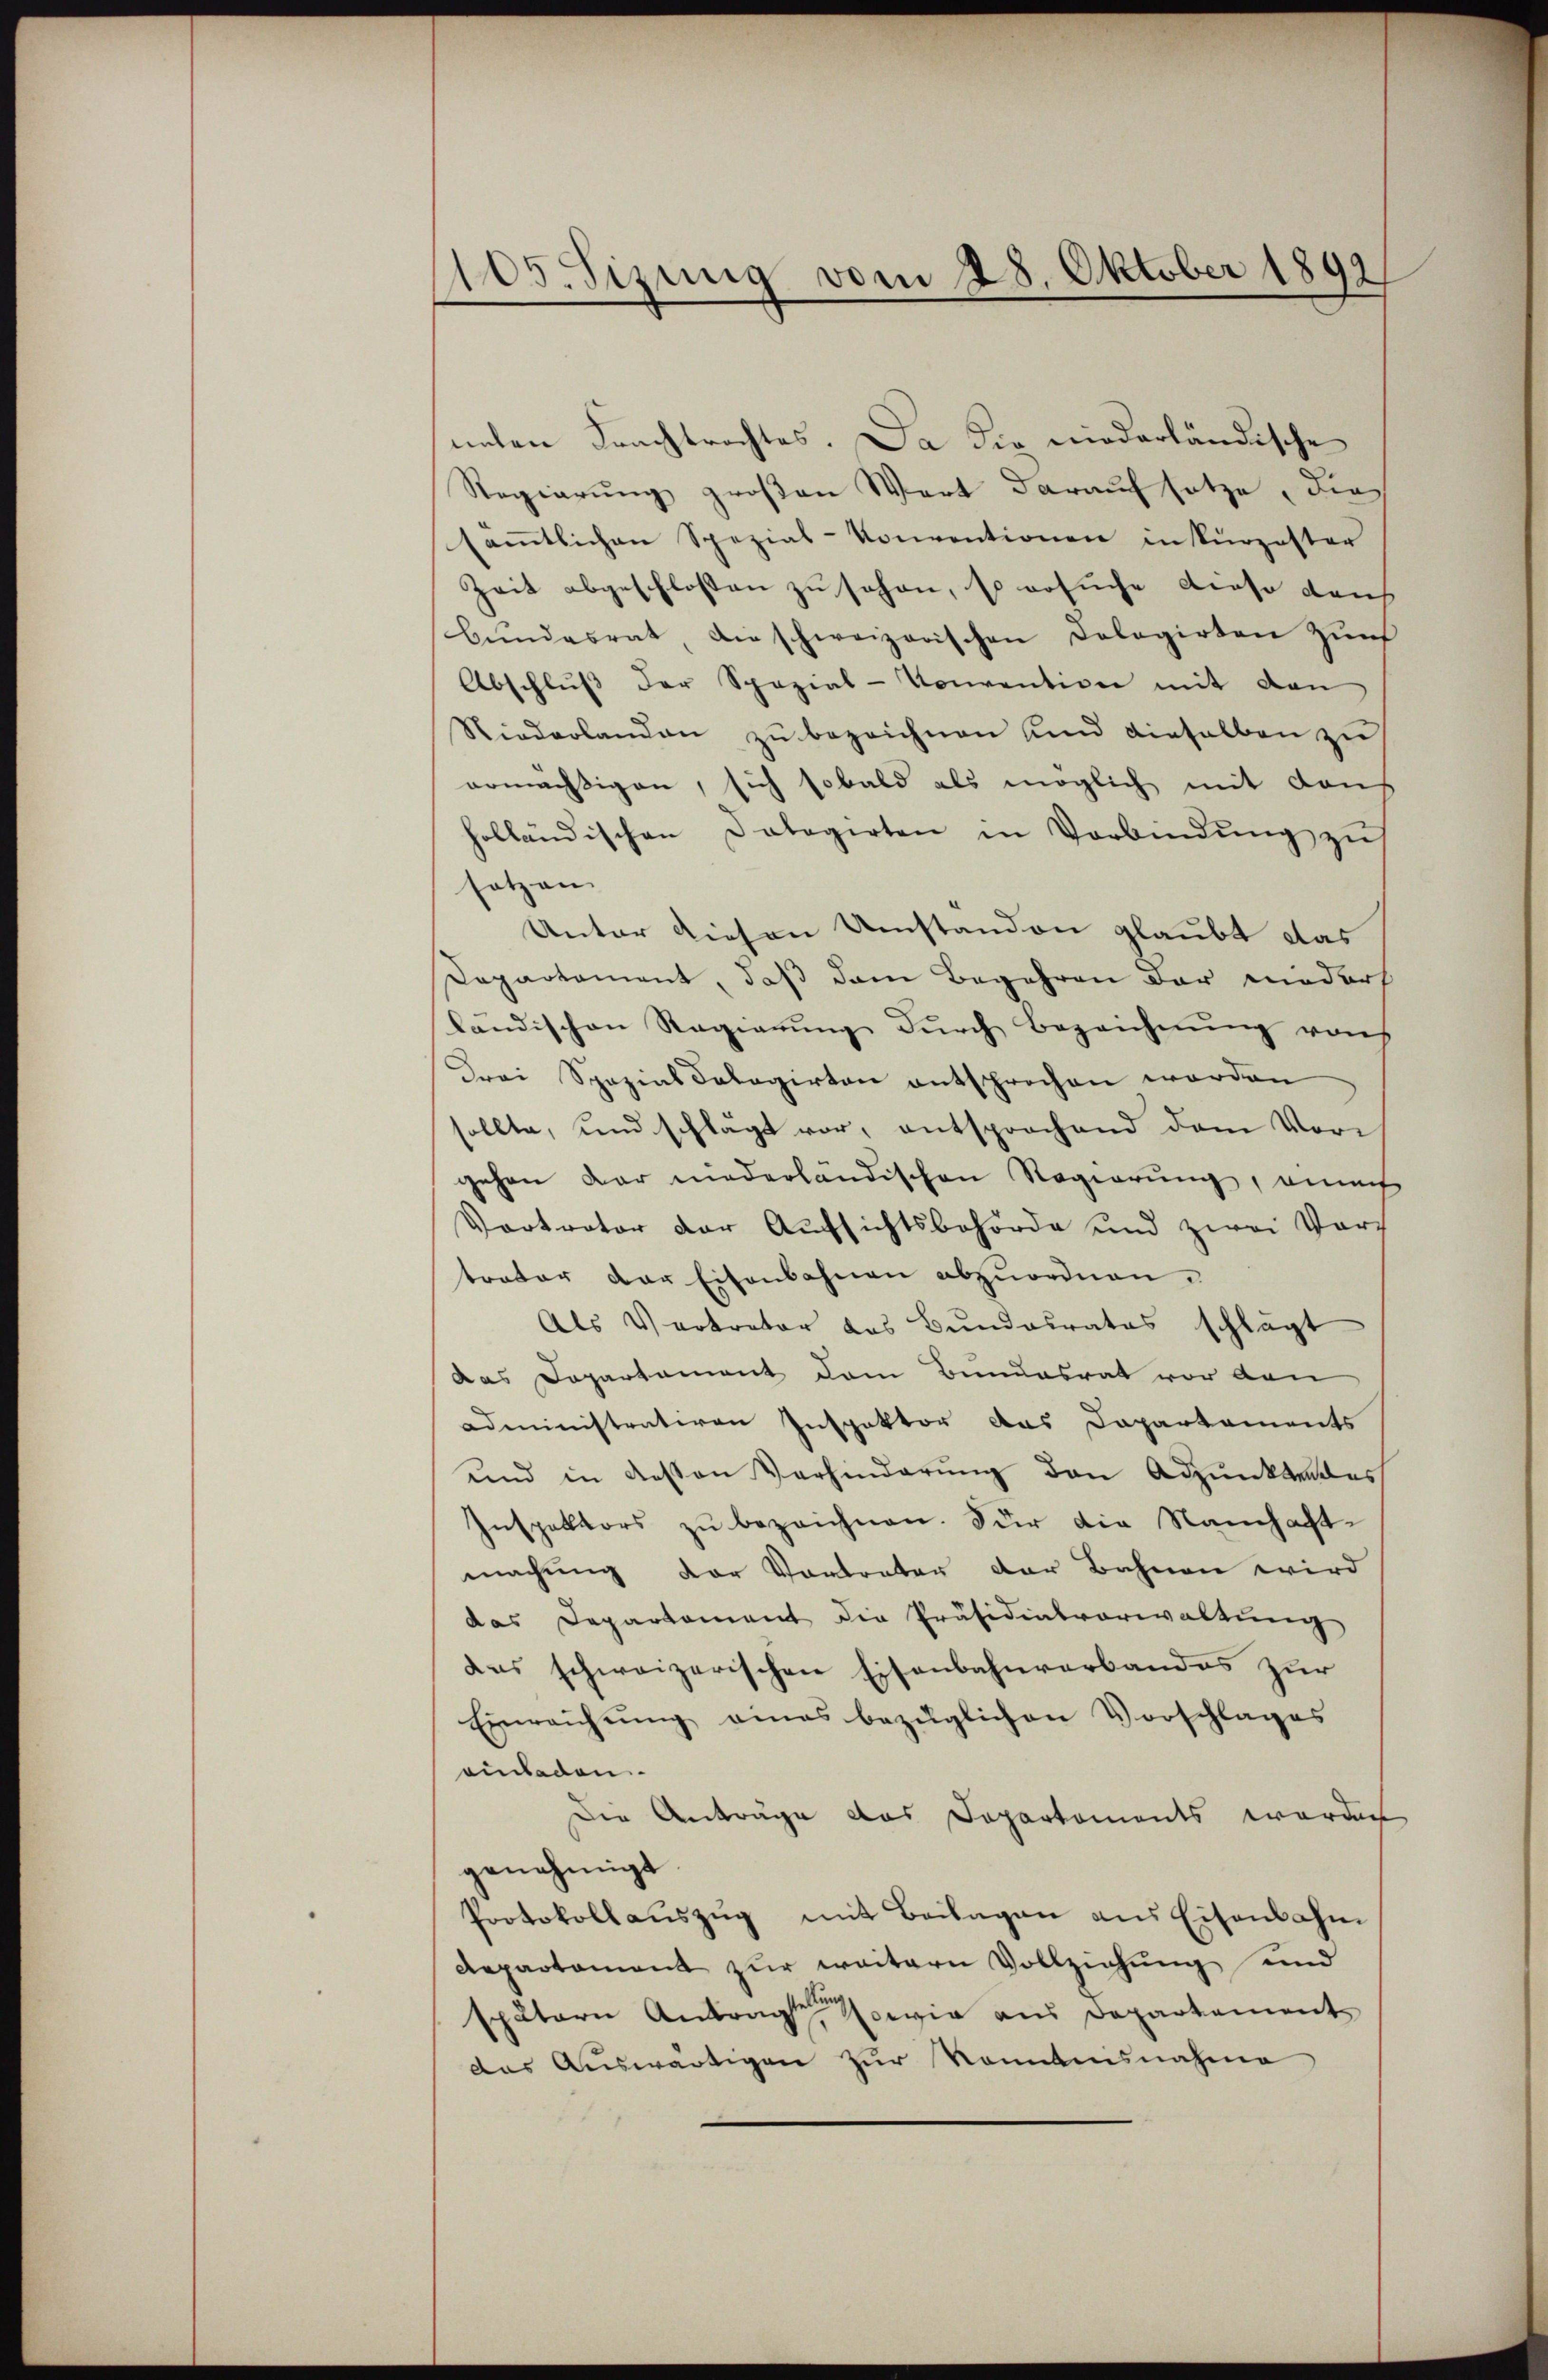
105. Sizung vom 28. Oktober 1892

neten Frachtrachtes. Da die niederländische
Regierung großen Wort darauf setze, die
säṁtlichen Spezial-Konventionen in kürzester
Zeit abgeschlossen zu schon, so ersuche dieso durch
bŭndesrat, die schweizerischen Dolegirten zŭr
Abschlŭβ der Spezial-Vonvention mit den
Niederlanden zŭ bezeichnen und dieselben zu
ermächtigen, sich sobald als möglich mit dans
holländischen Datagirten in Verbindŭng zŭ
sotzen
Unter diesen Umstanden glaubt das
Departament, daß dem Begehren der nieder
ländischen Regierung durch Bezeichnung von
Drei Spazial Calagirten entsprochen worden
sollte, und schlägt vor, entsprochend dem Vorgehen dar niederländischen Regierung, einach
Vortrator der Aufsichtsbehörde und zwei Vortrator der Eisenbahnen abzuordnen.
Als Vertreter das Bundesrates schlagt
das Departament dem Bundesrat vor den
Administrativen Inspektor das Dapartements
und in dessen Verhinderŭng den Adjunktendes
Inspektors zŭ bezeichnen. Für die Namhaft-
machung der Vortrater der Bahnen wird
das Departament die Präsidialverwaltung
das schweizerischen Eisenbahnverbandes zur
Einreichtung eines bezüglichen Vorschlages
einladen.
Die Anträge das Departements werden
genehmigt
Protokollaŭszŭg mit Beilagen aus Eisenbahn
Repartament zur weitern Vollziehung und
spätern Antragen sowie aus Departement
das Auswärtigen zur Romanisnahme